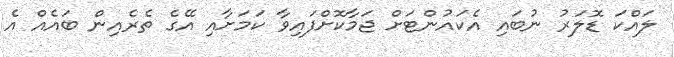
ލައްކަ ޑޮލަރު ނުބައި އެކައުންޓަށް ޖަމާކޮށްފައިވާ ކަމަށާއި އޭގެ ތެރެއިން ބައެއް އެ